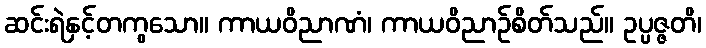
ဆင်းရဲနှင့်တကွသော။ ကာယဝိညာဏံ၊ ကာယဝိညာဉ်စိတ်သည်။ ဥပ္ပဇ္ဇတိ၊